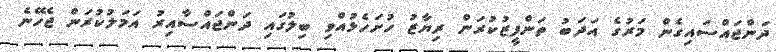
ދަންޖައްސައިގެން މަރުގެ އަދަބު ތަންފީޒުކުރަން ރިޔާޒު ހުށަހެޅުއްވި ބިލުގައި ދަންޖައްސާއިރު އަމަލުކުރަން ޖެހޭނެ